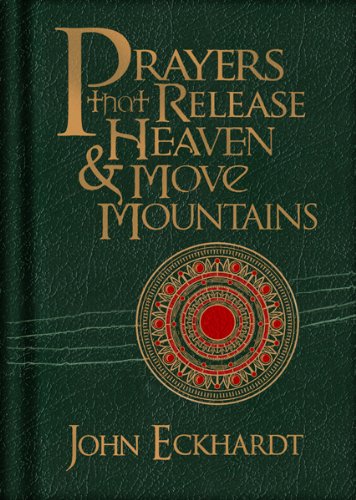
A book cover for Prayers that Release Heaven and Move Mountains; John Eckhardt; Christian Books & Bibles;